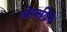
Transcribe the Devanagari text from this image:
योगाग्निने